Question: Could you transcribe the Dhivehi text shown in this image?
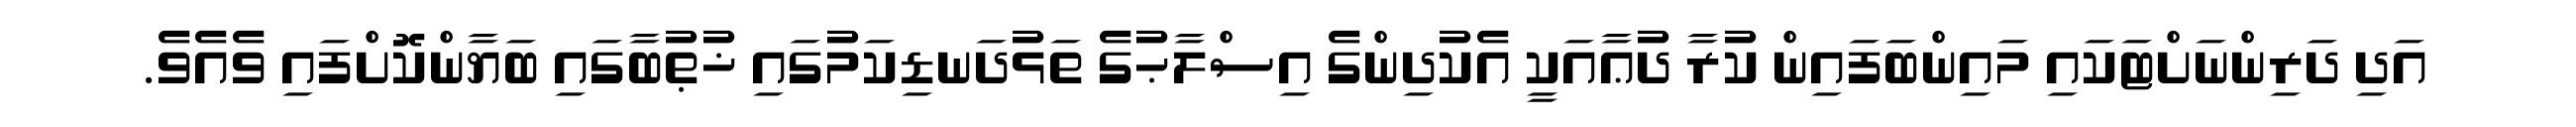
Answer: އަދި ދަރިންނަށްޓަކައި މައިންބަފައިން ކުރާ ދުޢާއަކީ އެކުދިންގެ އިސްލާޙުގެ ތަޅުދަނޑިކަމުގައި ޚުޠުބާގައި ބަޔާންކޮށްފައި ވެއެވެ.